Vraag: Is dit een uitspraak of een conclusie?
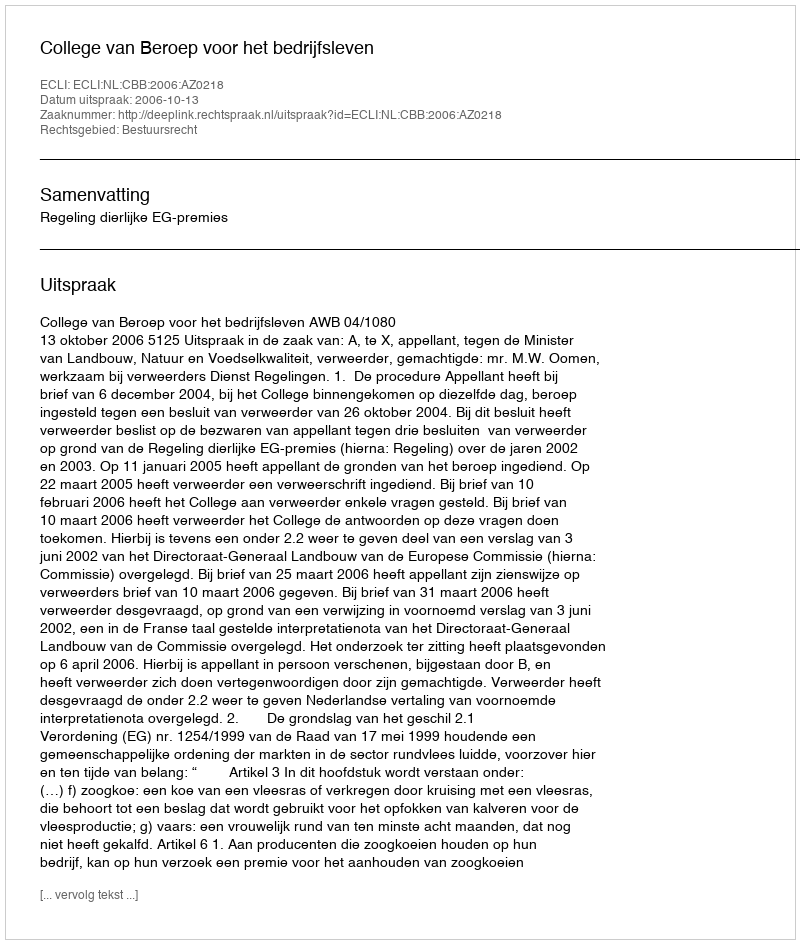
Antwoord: Uitspraak